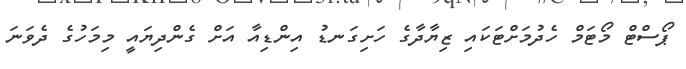
ޕޯސްޓް މޯޓަމް ހެދުމަށްޓަކައި ޒިޔާދާގެ ހަށިގަނޑު އިންޑިއާ އަށް ގެންދިޔައީ މިމަހުގެ ދެވަނަ